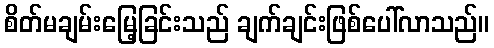
စိတ်မချမ်းမြေ့ခြင်းသည် ချက်ချင်းဖြစ်ပေါ်လာသည်။